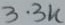
Text: 3.3K